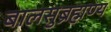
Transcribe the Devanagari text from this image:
बालसुब्रह्मण्य